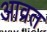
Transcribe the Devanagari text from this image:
आव्रत